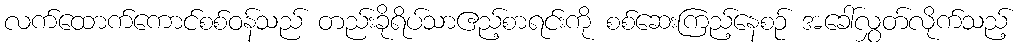
လက်ထောက်ကောင်စစ်ဝန်သည် တည်းခိုရိပ်သာဧည့်စာရင်းကို စစ်ဆေးကြည့်နေစဉ် အခေါ်လွှတ်လိုက်သည့်